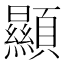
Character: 顯